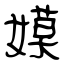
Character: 嫫